Civil Veterinary Dept. Bombay admin report 1932-41 - 1932-1941
Year: 1932
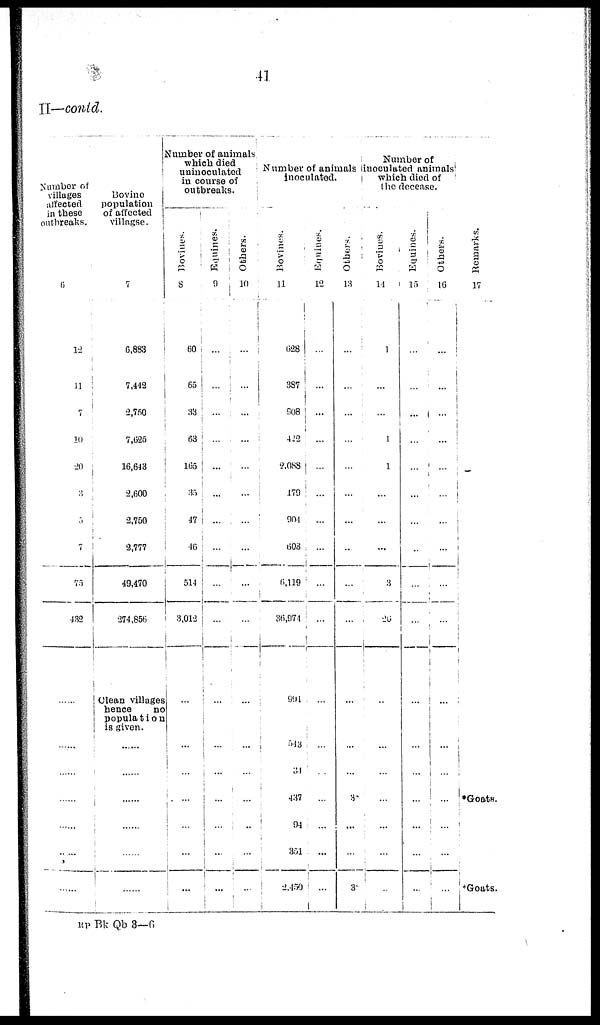
41
II—contd.
Number of
villages
affected
in these
outbreaks.
6
12
11
7
10
20
3
3
7
75
132
......
......
......
......
......
......
......
Bovine
population
of affected
villagse.
7
6,883
7,442
2,750
7,025
16,613
2,600
2,7150
2,777
49,470
274,856
Clean villages
hence
no
population
is given.
......
.........
.........
............
.........
Number of animals
which died
uninoculated
in course of
outbreaks.
Bovines.
8
60
...
33
63
165
35
47
46
514
3,013
...
...
...
...
...
...
...
Equines.
9
...
...
...
...
...
...
...
...
...
...
...
...
...
...
...
...
...
Others.
10
...
...
...
...
...
...
...
...
...
...
...
...
...
...
...
...
...
Number of animals
inoculated.
Bovines.
11
628
387
908
422
9,088
179
904
603
6,119
86,974
901
543
34
437
94
351
2,450
Equines.
12
...
...
...
...
...
...
...
...
...
...
...
...
...
...
...
...
...
Others.
13
...
...
...
...
...
...
...
...
...
...
...
...
...
3
...
...
3*
Number of
inoculated animals
which died of the decease.
Bovines.
14
1
...
...
1
1
...
...
...
3
26
...
...
...
...
...
...
...
Equines.
15
...
...
...
...
...
...
...
....
...
...
...
...
...
...
...
...
...
Others.
10
...
...
...
...
...
...
...
...
...
1
...
...
...
...
...
...
...
Remarks.
17
*Goats.
*Goats.
RR Bk Qb 3—6